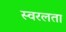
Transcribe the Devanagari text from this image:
स्वरलता